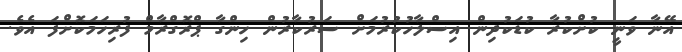
އޭނާ ވަނީ ކުށްކުރާ ކުޑަކުދިން އިސްލާހުކުރުމަށް ސަރުކާރުން ހިންގާ ޕްރޮގްރާމް ފުރިހަމަކޮށްފަ އެވެ.